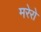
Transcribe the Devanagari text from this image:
मरेरो